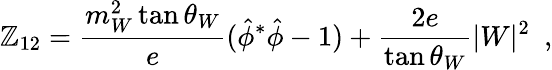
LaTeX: \mathbb{Z}_{12}=\frac{{m_{W}^{2}\tan\theta_{W}}}{{e}}({\hat{{\phi}}}^{*}\hat{{\phi}}-1)+\frac{{2e}}{{\tan\theta_{W}}}|W|^{2}~~,